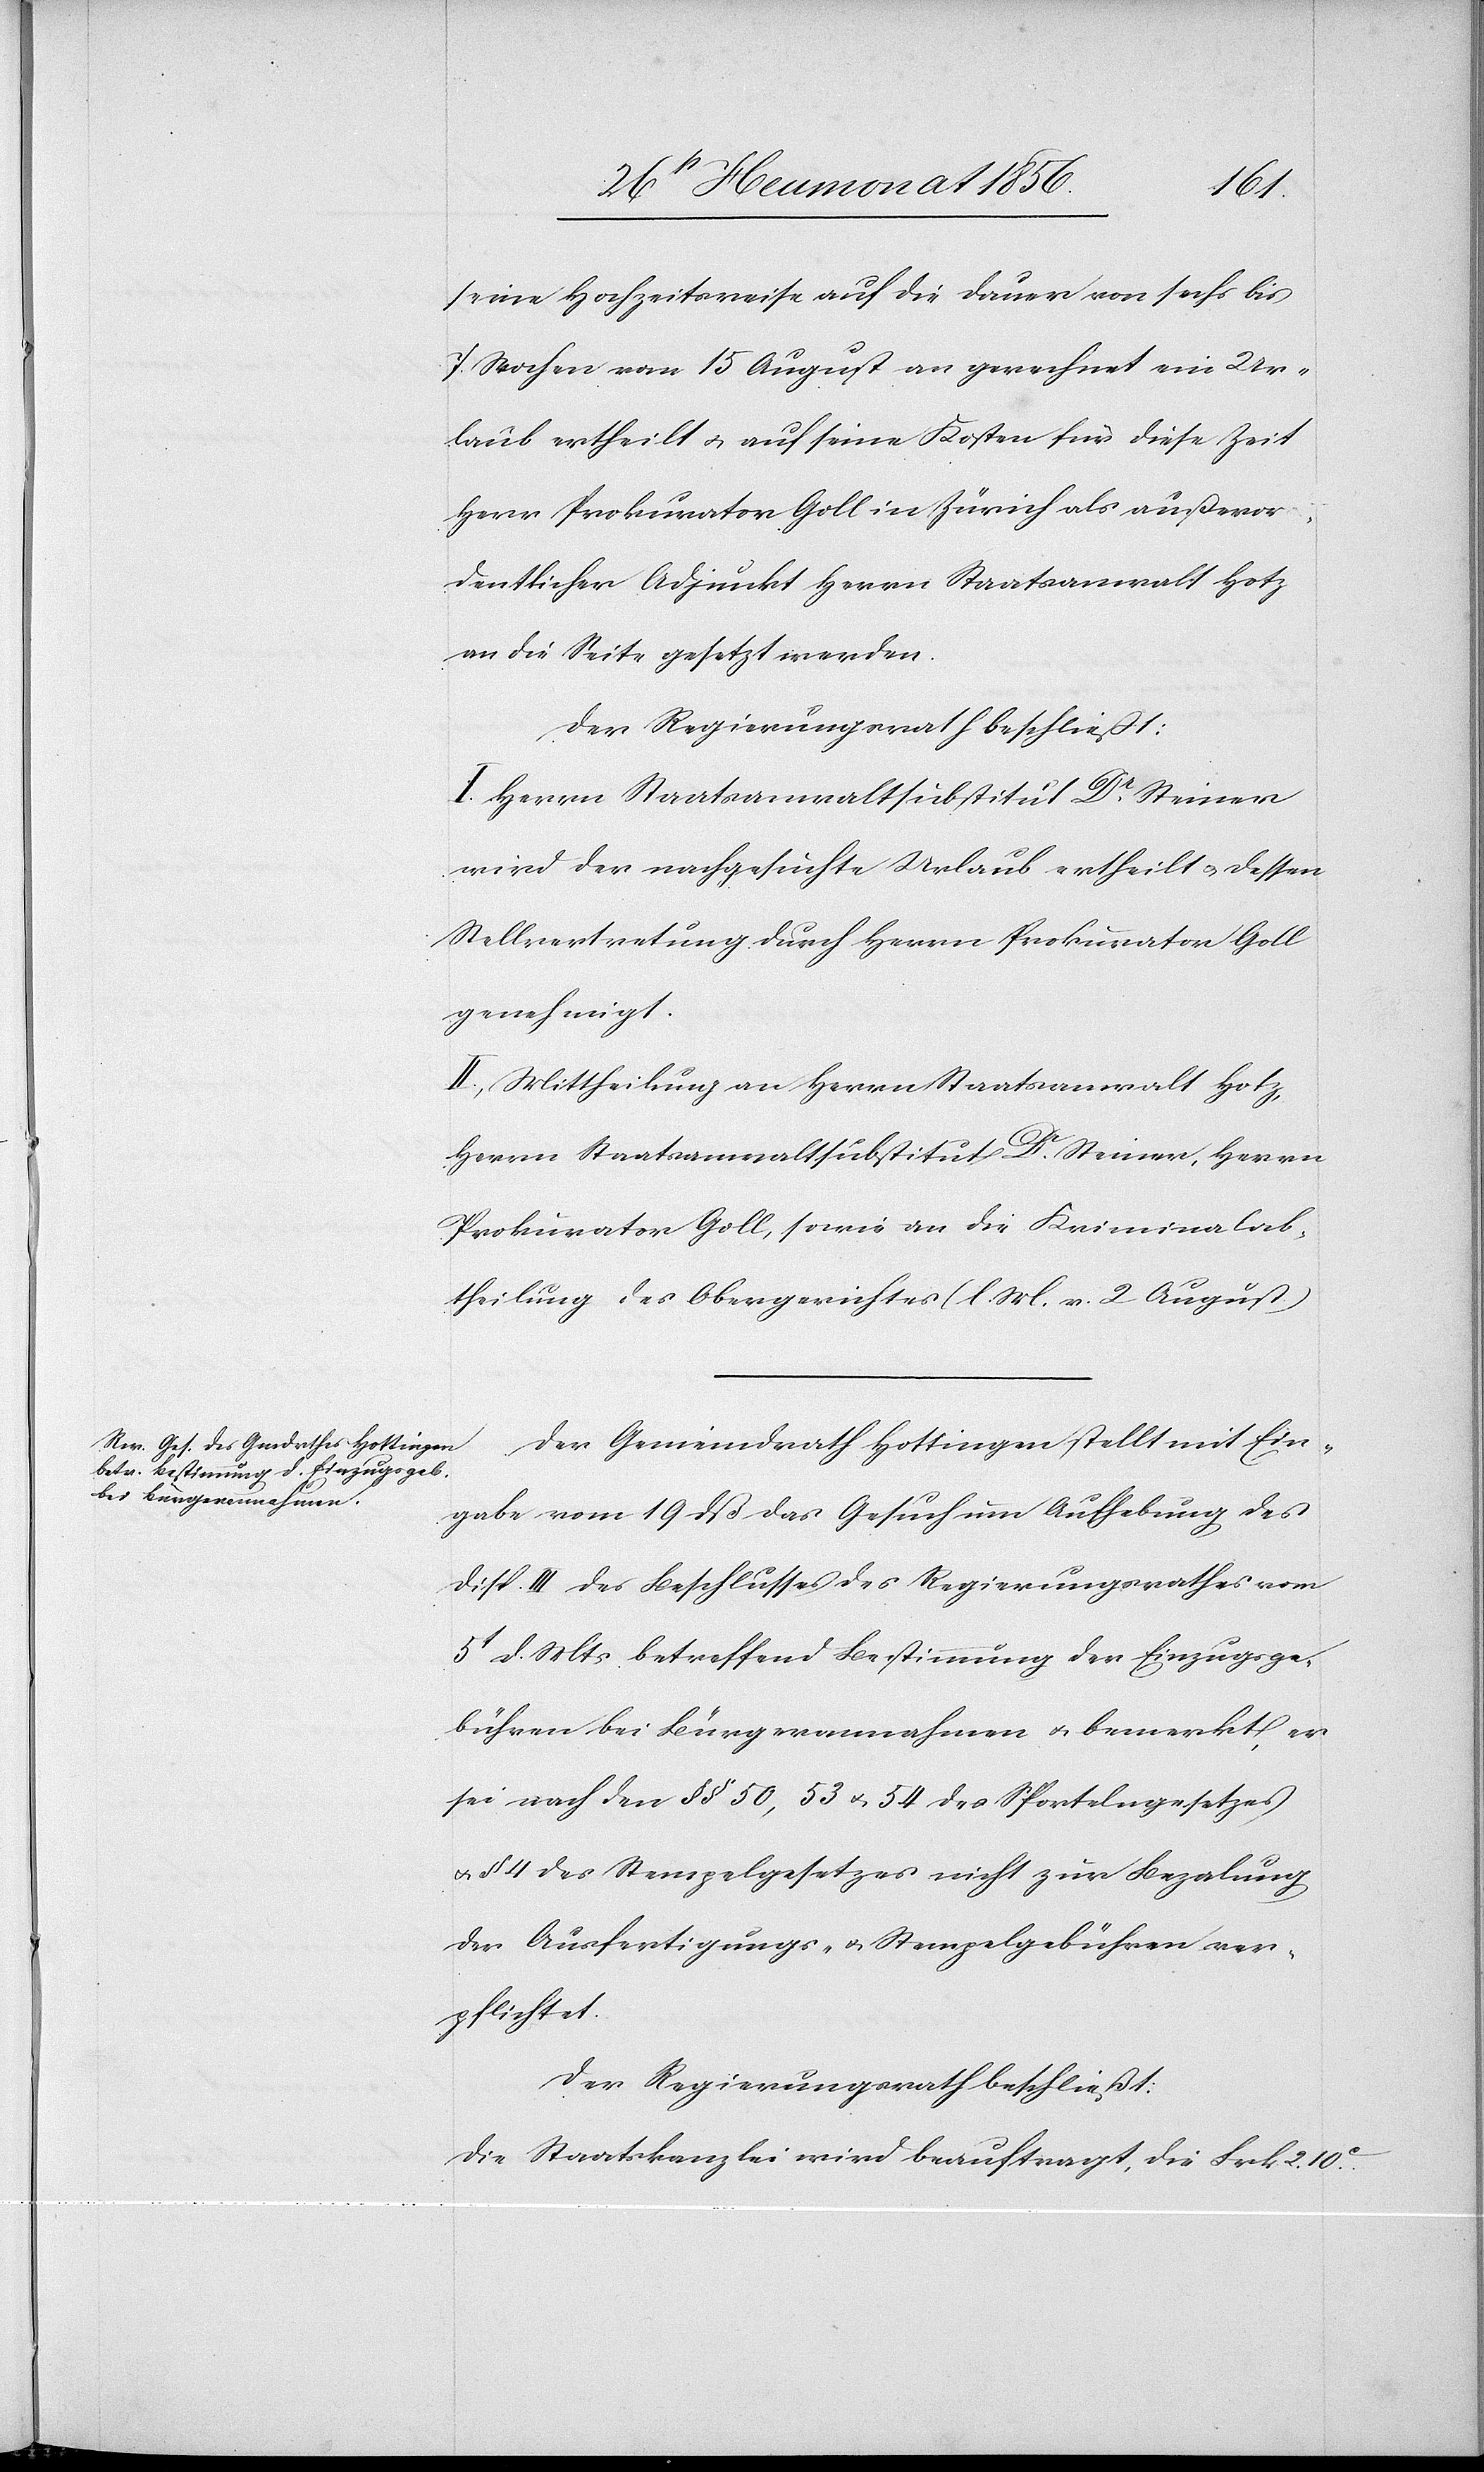
seine Hochzeitsreise auf die Dauer von sechs bis
7 Wochen vom 15 August an gerechnet ein Ur¬
laub ertheilt u. auf seine Kosten für diese Zeit
Herr Prokurator Goll in Zürich als außeror¬
dentlicher Adjunkt Herrn Staatsanwalt Hotz
an die Seite gesetzt werden.
Der Regierungsrath beschließt:
I. Herrn Staatsanwaltsubstitut Dr Steiner
wird der nachgesuchte Urlaub ertheilt u. dessen
Stellvertretung durch Herrn Prokurator Goll
genehmigt.
II. Mittheilung an Herrn Staatsanwalt Hotz,
Herrn Staatsanwaltsubstitut Dr Steiner, Herrn
Prokurator Goll, sowie an die Kriminalab¬
theilung des Obergerichtes (l. M. v. 2 August).
Der Gemeindrath Hottingen stellt mit Ein¬
gabe vom 19 dß das Gesuch um Aufhebung des
Disp. III des Beschlusses des Regierungsrathes vom
5t d. Mts. betreffend Bestimmung der Einzugsge¬
bühren bei Bürgerannahmen u. bemerkt, er
sei nach den §§ 50, 53 & 54 des Sportelngesetzes
u. § 4 des Stempelgesetzes nicht zur Bezalung
der Ausfertigungs- u. Stempelgebühren ver¬
pflichtet.
Der Regierungsrath beschließt:
Die Staatskanzlei wird beauftragt, die Frk. 2. 10c.